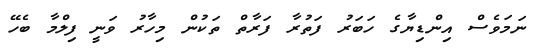
ނަމަވެސް އިންޑިޔާގެ ހަބަރު ފަތުރާ ފަރާތް ތަކުން މިހާރު ވަނީ ފިލްމާ ބެހޭ